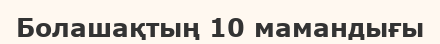
Болашақтың 10 мамандығы